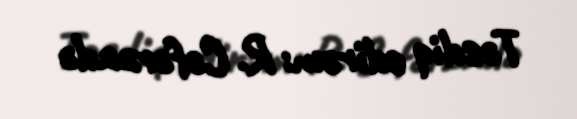
Təsdiq edirəm: R. Cəfərzadə